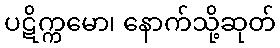
ပဋိက္ကမော၊ နောက်သို့ဆုတ်